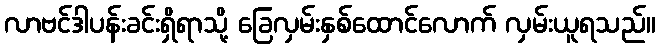
လာဗင်ဒါပန်းခင်းရှိရာသို့ ခြေလှမ်းနှစ်ထောင်လောက် လှမ်းယူရသည်။